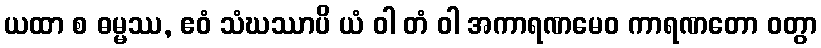
ယထာ စ ဓမ္မဿ, ဧဝံ သံဃဿာပိ ယံ ဝါ တံ ဝါ အကာရဏမေဝ ကာရဏတော ဝတွာ